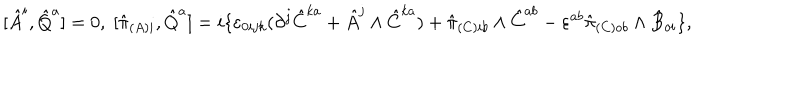
[ \hat { A } ^ { i } , \hat { Q } ^ { a } ] = 0 , \; [ \hat { \pi } _ { ( A ) i } , \hat { Q } ^ { a } ] = i \{ \varepsilon _ { 0 i j k } ( \partial ^ { j } \hat { C } ^ { k a } + \hat { A } ^ { j } \wedge \hat { C } ^ { k a } ) + \hat { \pi } _ { ( C ) i b } \wedge \hat { C } ^ { a b } - \varepsilon ^ { a b } \hat { \pi } _ { ( C ) o b } \wedge \hat { B } _ { o i } \} ,